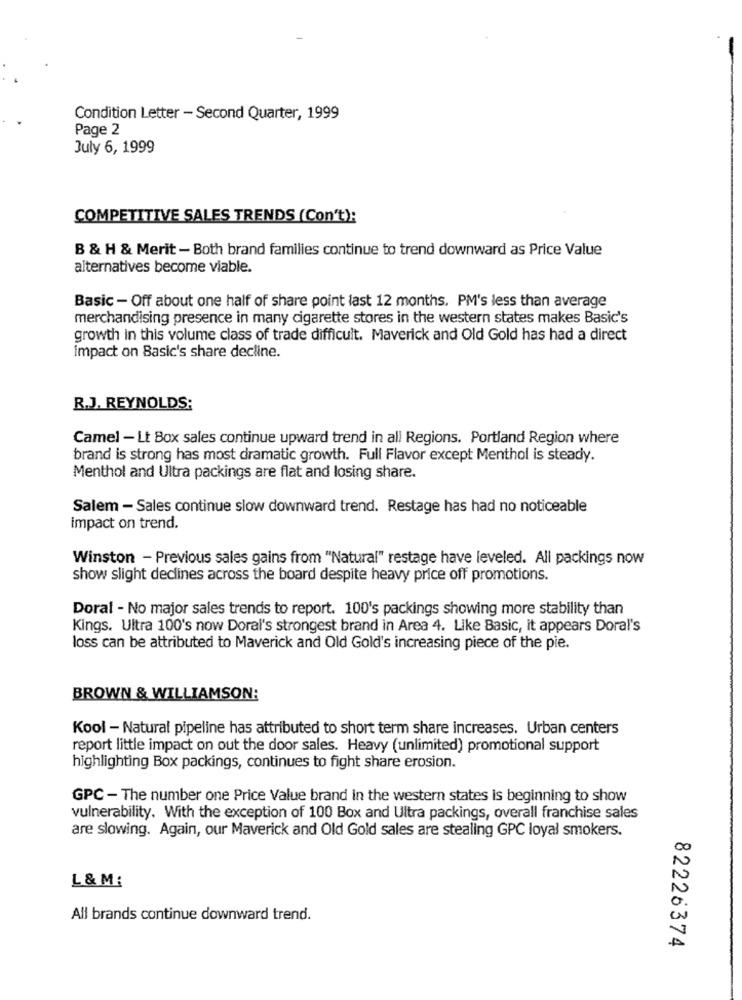
Condition Letter - Second Quarter, 1999
Page 2
July 6, 1999
COMPETITIVE SALES TRENDS (Con't):
B & H & Merit - Both brand families continue to trend downward as Price Value
alternatives become viable.
Basic - Off about one half of share point last 12 months. PM's less than average
merchandising presence in many cigarette stores in the western states makes Basic's
growth in this volume class of trade difficult. Maverick and Old Gold has had a direct
impact on Basic's share decline.
R.J. REYNOLDS:
Camel - Lt Box sales continue upward trend in all Regions. Portland Region where
brand is strong has most dramatic growth. Full Flavor except Menthol is steady.
Menthol and Ultra packings are flat and losing share.
Salem - Sales continue slow downward trend. Restage has had no noticeable
impact on trend.
Winston - Previous sales gains from "Natural" restage have leveled. All packings now
show slight declines across the board despite heavy price off promotions.
Doral - No major sales trends to report. 100's packings showing more stability than
Kings. Ultra 100's now Doral's strongest brand in Area 4. Like Basic, it appears Doral's
loss can be attributed to Maverick and Old Gold's increasing piece of the pie.
BROWN & WILLIAMSON:
Kool - Natural pipeline has attributed to short term share increases. Urban centers
report little impact on out the door sales. Heavy (unlimited) promotional support
highlighting Box packings, continues to fight share erosion.
GPC - The number one Price Value brand in the western states is beginning to show
vulnerability. With the exception of 100 Box and Ultra packings, overall franchise sales
are slowing. Again, our Maverick and Old Gold sales are stealing GPC loyal smokers.
L & M:
All brands continue downward trend.
82226374